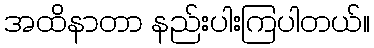
အထိနာတာ နည်းပါးကြပါတယ်။